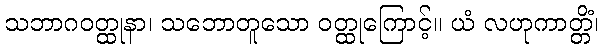
သဘာဂဝတ္ထုနာ၊ သဘောတူသော ဝတ္ထုကြောင့်။ ယံ လဟုကာတ္တိံ၊